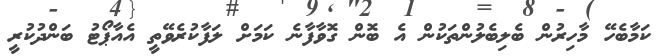
ކަމާބެހޭ މާހިރުން ބެލިބެލުންތަކުން އެ ބޮން ގޮވާފާނެ ކަމަށް ލަފާކުރެވޭތީ އެއާޕޯޓު ބަންދުކުރީ